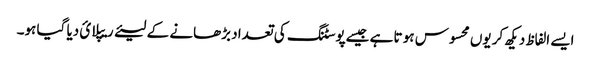
ایسے الفاظ دیکھ کر یوں محسوس ہو تا ہے جیسےپوسٹنگ کی تعداد بڑھانے کے لیئے ریپلائ دیا گیا ہو۔